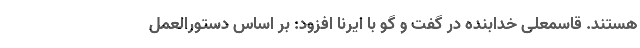
هستند. قاسمعلی خدابنده در گفت و گو با ایرنا افزود: بر اساس دستورالعمل